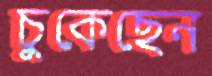
চুকেছেন